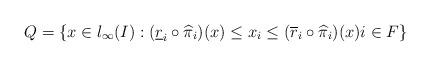
LaTeX: \begin{align*}Q=\left \{ x \in l_\infty(I) : (\underline{r}_i \circ \widehat{\pi}_i)(x) \le x_i \le (\overline{r}_i \circ \widehat{\pi}_i)(x) i\in F \right \}\end{align*}